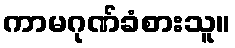
ကာမဂုဏ်ခံစားသူ။